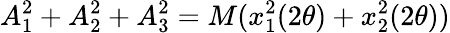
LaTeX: A_{1}^{2}+A_{2}^{2}+A_{3}^{2}=M(x_{1}^{2}(2{\theta})+x_{2}^{2}(2{\theta}))